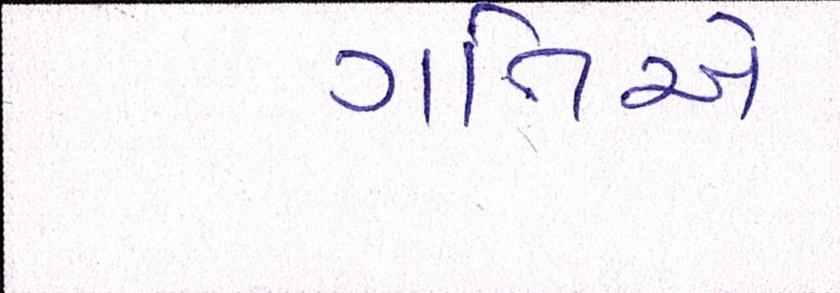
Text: ગતિએ